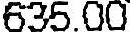
635.00